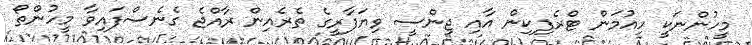
މީހުންނަކީ ހިއުމަން ޓްރެފިކިން އާއި ޖިންސީ ވިޔަފާރީގެ ތެރެއިން ރާއްޖެ ގެނެސްފައިވާ މީހުންތޯ